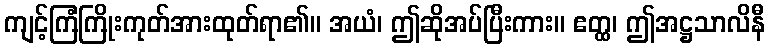
ကျင့်ကြံကြိုးကုတ်အားထုတ်ရာ၏။ အယံ၊ ဤဆိုအပ်ပြီးကား။ ဧတ္ထ၊ ဤအဋ္ဌသာလိနီ